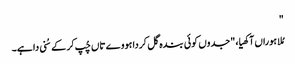
"
مُلا ہوراں آکھیا، "جدوں کوئی بندہ گل کردا ہووے تاں چُپ کر کے سُنی دا ہے۔